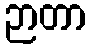
ဉာတာ